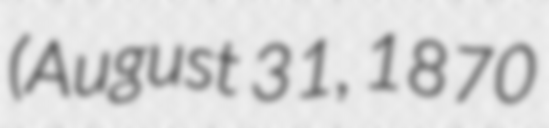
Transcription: (August 31, 1870